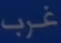
غرب